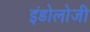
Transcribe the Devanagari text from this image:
इंडोलोजी